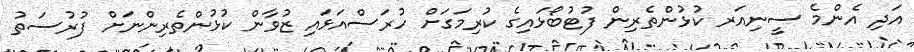
އަދި އެންމެ ސީނިއަރ ކުޅުންތެރިން ފުޓުބޯޅައިގެ ކުރިމަގަށް ހުރަސްއަޅައި ޒުވާން ކުޅުންތެރިންނަށް ފުރުސަތު